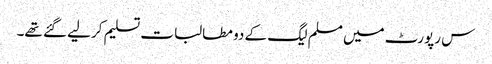
س رپورٹ میں مسلم لیگ کے دو مطالبات تسلیم کرلیے گئے تھے۔